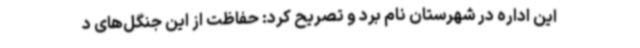
این اداره در شهرستان نام برد و تصریح کرد: حفاظت از این جنگل‌های د